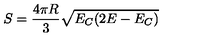
S = \frac { 4 \pi R } { 3 } \sqrt { E _ { C } ( 2 E - E _ { C } ) }